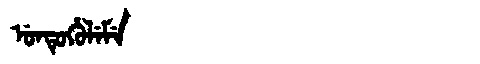
Manchu: ᡠᠨᡨᡠᡥᡠᠯᡝᠮᡝ
Romanization: UNTUHULEME